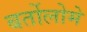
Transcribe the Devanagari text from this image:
बर्तोलोमे